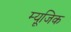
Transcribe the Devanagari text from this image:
म्‍यूजि़क